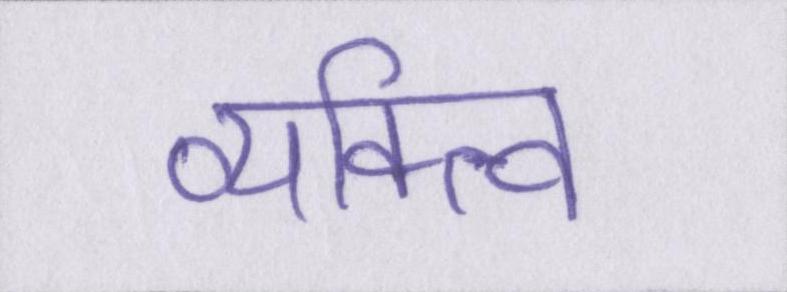
व्यक्त्वि